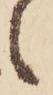
之